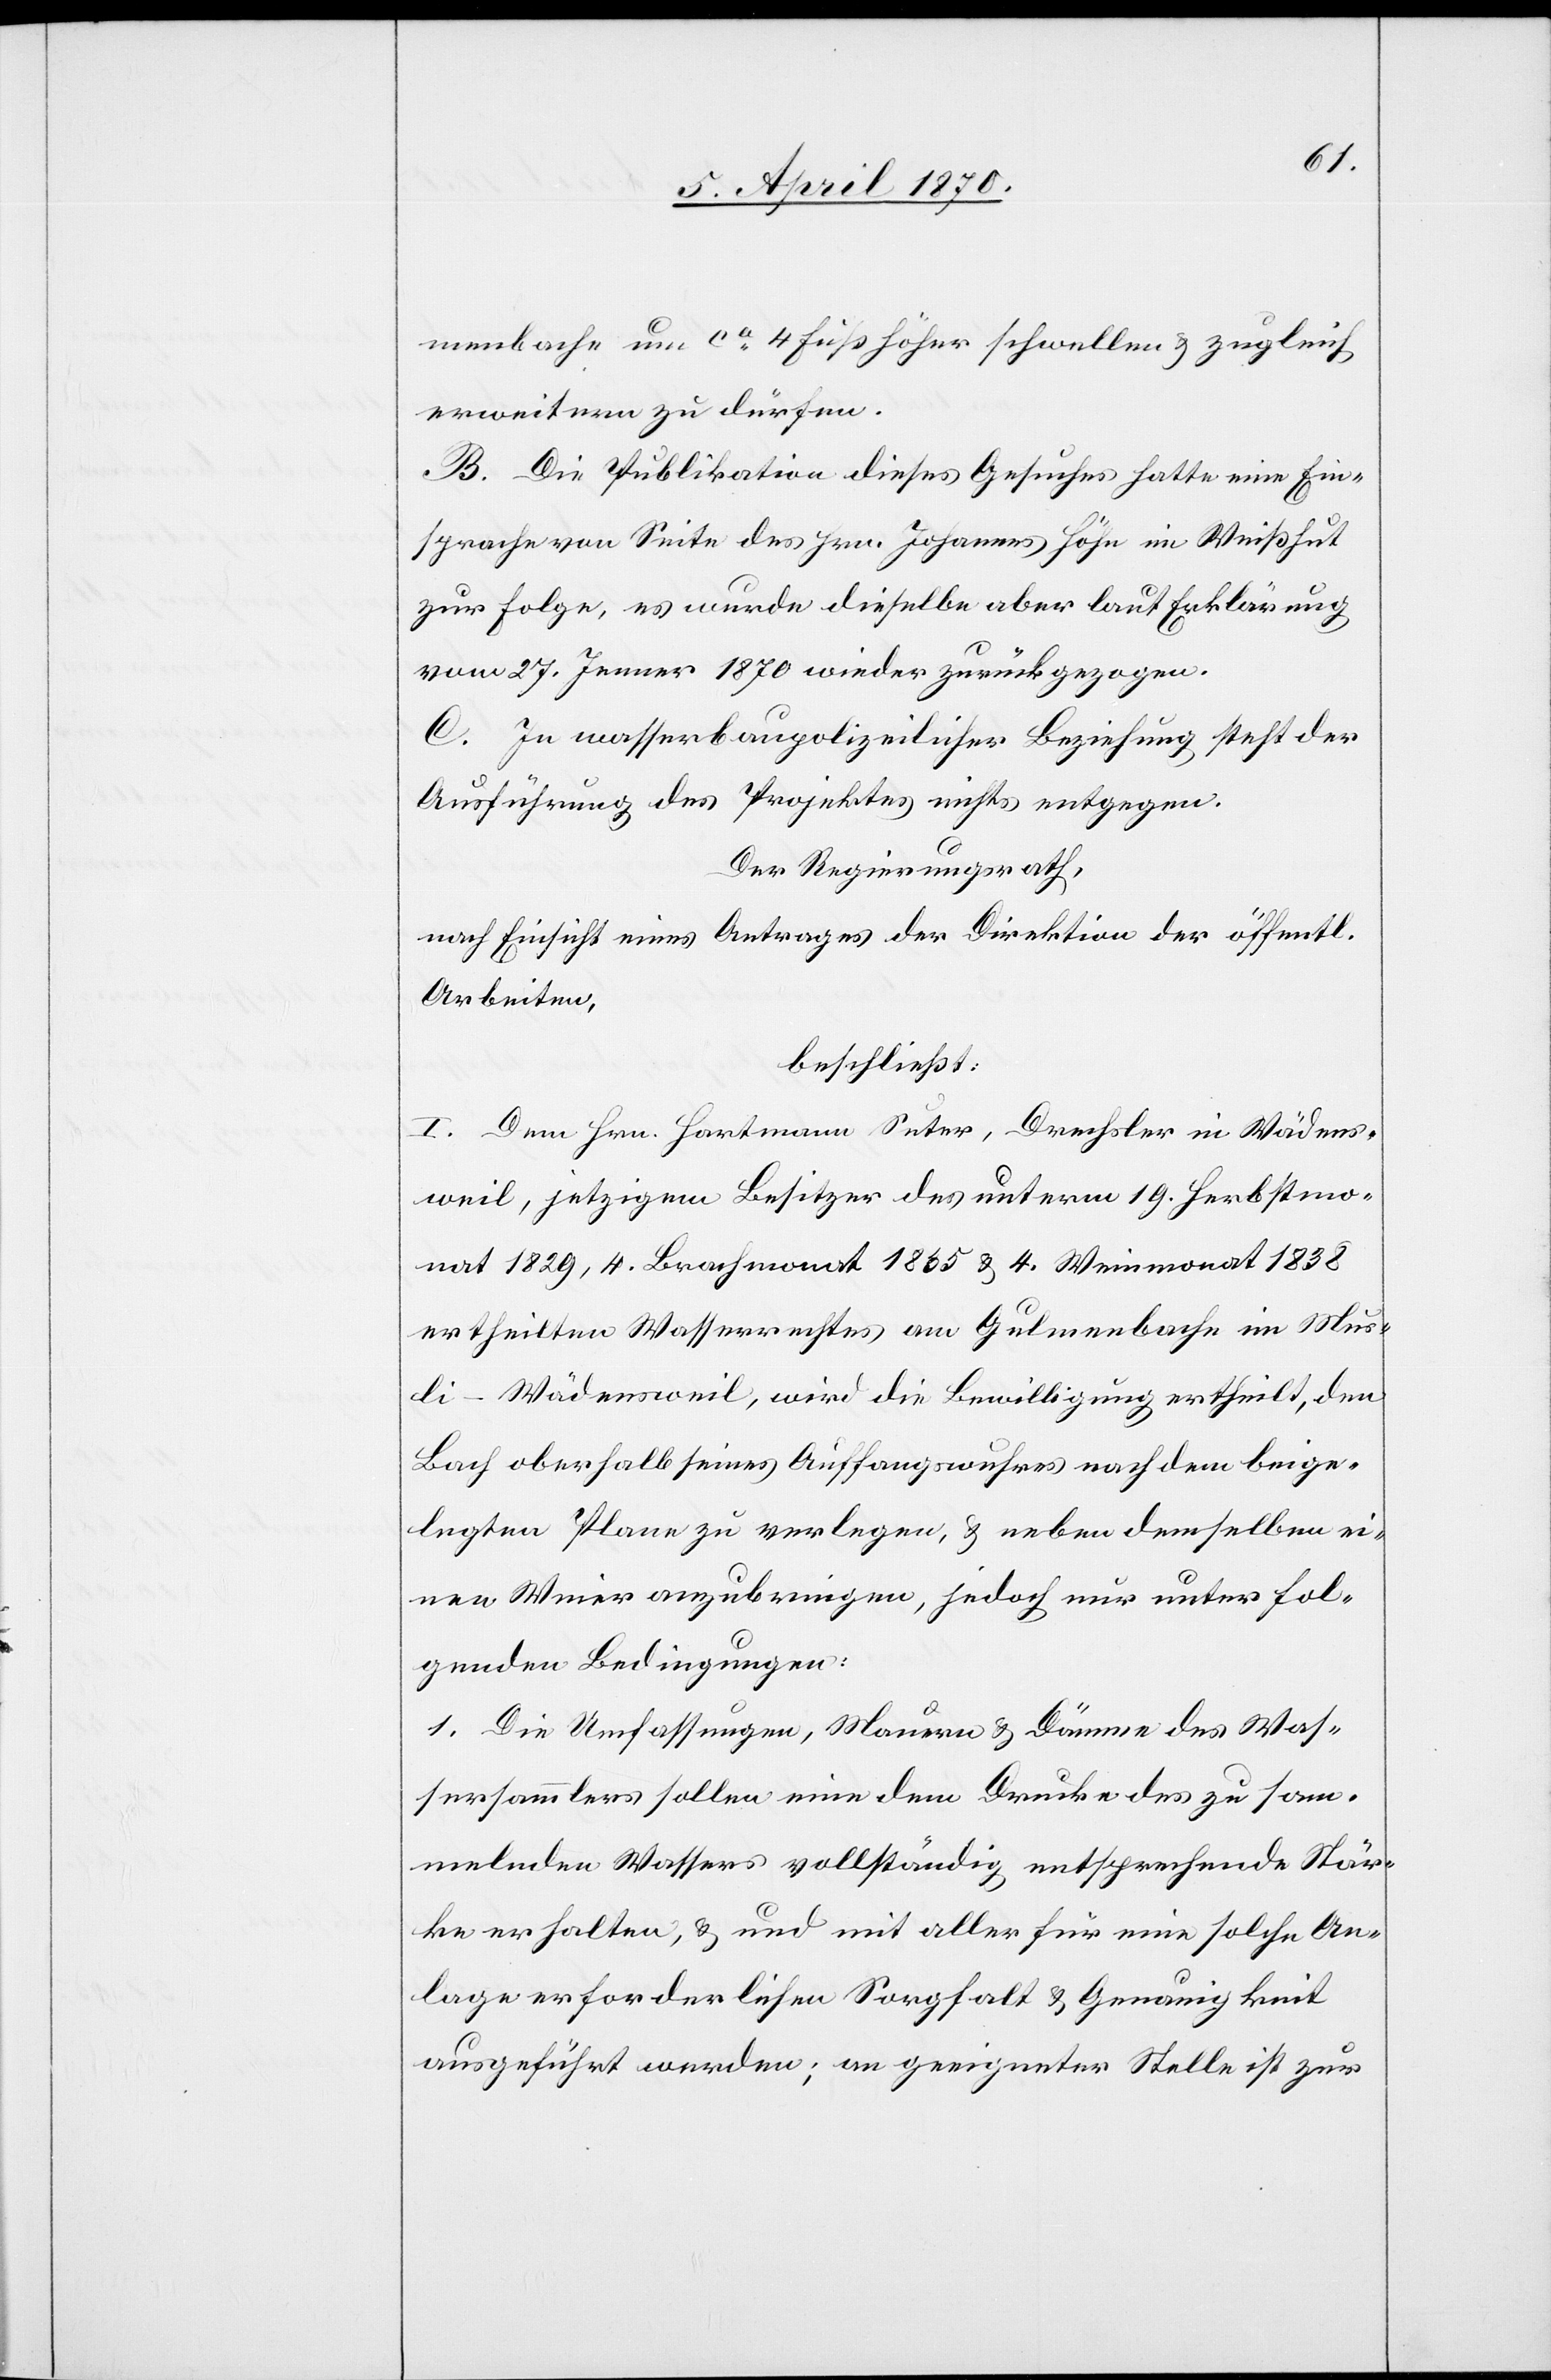
menbache um ca 4 Fuß höher schwellen & zugleich
erweitern zu dürfen.
B. Die Publikation dieses Gesuches hatte eine Ein¬
sprache von Seite des Hrn. Johannes Höhn in Weißhut
zur Folge, es wurde dieselbe aber laut Erklärung
vom 27. Jenner 1870 wieder zurückgezogen.
C. In wasserbaupolizeilicher Beziehung steht der
Ausführung des Projektes nichts entgegen.
Der Regierungsrath,
nach Einsicht eines Antrages der Direktion der öffentl.
Arbeiten,
beschließt:
I. Dem Hrn. Hartmann Suter, Drechsler in Wädens¬
weil, jetzigem Besitzer des unterm 19. Herbstmo¬
nat 1829, 4. Brachmonat 18[?5]5 & 4. Weinmonat 1838
ertheilten Wasserrechtes am Gulmenbache im Mus¬
li - Wädensweil, wird die Bewilligung ertheilt, den
Bach oberhalb seines Auffangswuhres nach dem beige¬
legten Plane zu verlegen, & neben demselben ei¬
nen Weier anzubringen, jedoch nur unter fol¬
genden Bedingungen:
1. Die Umfassungen, Mauern & Dämme des Was¬
sersammlers sollen eine dem Drucke des zu sam¬
melnden Wassers vollständig entsprechende Stär¬
ke erhalten, & und [sic!] mit aller für eine solche An¬
lage erforderlichen Sorgfalt & Genauigkeit
ausgeführt werden; an geeigneter Stelle ist zur